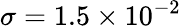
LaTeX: \sigma=\mathrm{{}}1.5\times{10^{-2}}